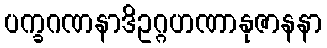
ပက္ခဂဏနာဒိဥဂ္ဂဟဏာနုဇာနနာ